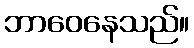
ဘာဝေနေသည်။